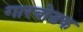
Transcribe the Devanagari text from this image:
गारबोडक